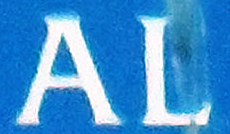
AL